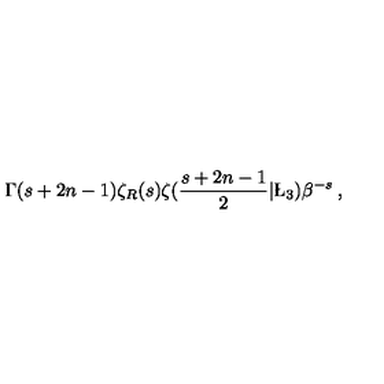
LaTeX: \Gamma ( s + 2 n - 1 ) \zeta _ { R } ( s ) \zeta ( \frac { s + 2 n - 1 } { 2 } | \L _ { 3 } ) \beta ^ { - s } \: , \nonumber